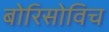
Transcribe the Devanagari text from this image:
बोरिसोविच